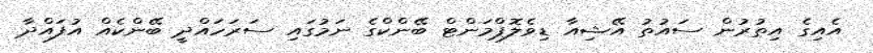
އެއިގެ އިތުރުން ސައުތު އޭޝިއާ ޑިވެލޮޕްމަންޓް ބޭންކްގެ ނަމުގައި ސަރަހައްދީ ބޭންކެއް އުފައްދާ